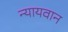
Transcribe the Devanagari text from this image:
न्यायवान